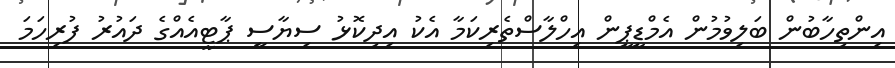
އިންތިހާބުން ބަލިވުމުން އެމްޑީޕީން އިހްލާސްތެރިކަމާ އެކު އިދިކޮޅު ސިޔާސީ ޕާޓީއެއްގެ ދައުރު ފުރިހަމަ